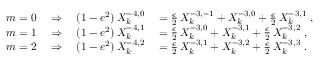
\begin{array} { r l } { m = 0 \quad \Rightarrow \quad ( 1 - e ^ { 2 } ) \, X _ { k } ^ { - 4 , 0 } } & { { } = \frac { e } { 2 } \, X _ { k } ^ { - 3 , - 1 } + X _ { k } ^ { - 3 , 0 } + \frac { e } { 2 } \, X _ { k } ^ { - 3 , 1 } \ , } \\ { m = 1 \quad \Rightarrow \quad ( 1 - e ^ { 2 } ) \, X _ { k } ^ { - 4 , 1 } } & { { } = \frac { e } { 2 } \, X _ { k } ^ { - 3 , 0 } + X _ { k } ^ { - 3 , 1 } + \frac { e } { 2 } \, X _ { k } ^ { - 3 , 2 } \ , } \\ { m = 2 \quad \Rightarrow \quad ( 1 - e ^ { 2 } ) \, X _ { k } ^ { - 4 , 2 } } & { { } = \frac { e } { 2 } \, X _ { k } ^ { - 3 , 1 } + X _ { k } ^ { - 3 , 2 } + \frac { e } { 2 } \, X _ { k } ^ { - 3 , 3 } \ . } \end{array}